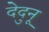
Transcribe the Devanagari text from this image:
देदुनू